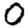
Digit: 0